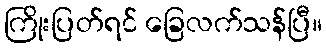
ကြိုးပြတ်ရင် ခြေလက်သန်ပြီ။